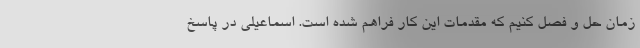
زمان حل و فصل کنیم که مقدمات این کار فراهم شده است. اسماعیلی در پاسخ